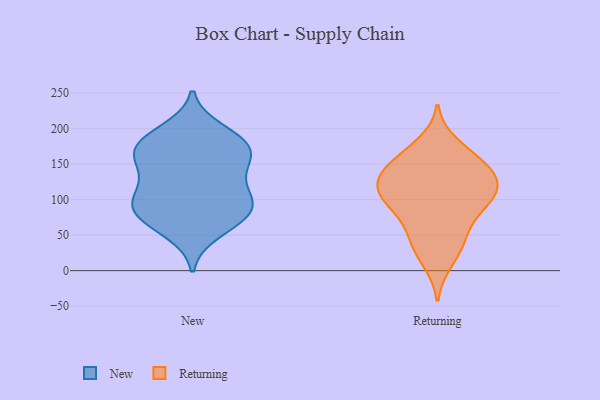
{"axis": {"x": "Website Visitors", "y": "Value"}, "legend": ["New", "Returning"], "data": [{"x": "", "y": 185, "type": "New"}, {"x": "", "y": 167, "type": "New"}, {"x": "", "y": 105, "type": "New"}, {"x": "", "y": 179, "type": "New"}, {"x": "", "y": 103, "type": "New"}, {"x": "", "y": 83, "type": "New"}, {"x": "", "y": 126, "type": "New"}, {"x": "", "y": 76, "type": "New"}, {"x": "", "y": 71, "type": "New"}, {"x": "", "y": 149, "type": "New"}, {"x": "", "y": 166, "type": "New"}, {"x": "", "y": 175, "type": "New"}, {"x": "", "y": 145, "type": "New"}, {"x": "", "y": 197, "type": "New"}, {"x": "", "y": 54, "type": "New"}, {"x": "", "y": 96, "type": "New"}, {"x": "", "y": 88, "type": "New"}, {"x": "", "y": 47, "type": "Returning"}, {"x": "", "y": 118, "type": "Returning"}, {"x": "", "y": 87, "type": "Returning"}, {"x": "", "y": 115, "type": "Returning"}, {"x": "", "y": 117, "type": "Returning"}, {"x": "", "y": 142, "type": "Returning"}, {"x": "", "y": 157, "type": "Returning"}, {"x": "", "y": 56, "type": "Returning"}, {"x": "", "y": 108, "type": "Returning"}, {"x": "", "y": 159, "type": "Returning"}, {"x": "", "y": 179, "type": "Returning"}, {"x": "", "y": 33, "type": "Returning"}, {"x": "", "y": 93, "type": "Returning"}, {"x": "", "y": 12, "type": "Returning"}, {"x": "", "y": 134, "type": "Returning"}, {"x": "", "y": 92, "type": "Returning"}, {"x": "", "y": 139, "type": "Returning"}]}